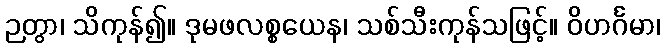
ဉတွာ၊ သိကုန်၍။ ဒုမဖလစ္စယေန၊ သစ်သီးကုန်သဖြင့်။ ဝိဟင်္ဂမာ၊